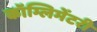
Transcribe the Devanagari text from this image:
कॉम्लिमेंटरी